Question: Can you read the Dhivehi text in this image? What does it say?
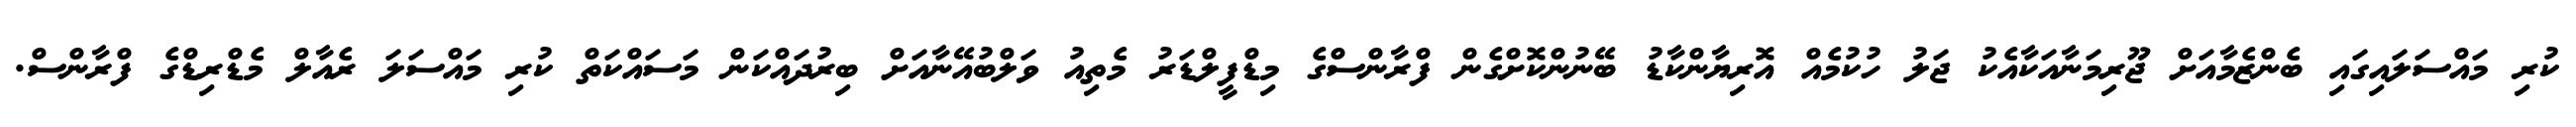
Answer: ކުރި މައްސަލައިގައި ބެންޒެމާއަށް ޖޫރިމަނާއަކާއެކު ޖަލު ހުކުމެއް އޮރިޔާންކާޑު ބޭނުންކޮށްގެން ފްރާންސްގެ މިޑްފީލްޑަރު މެތިއު ވަލްބުއޭނާއަށް ބިރުދައްކަން މަސައްކަތް ކުރި މައްސަލަ ރެއާލް މެޑްރިޑްގެ ފްރާންސް.